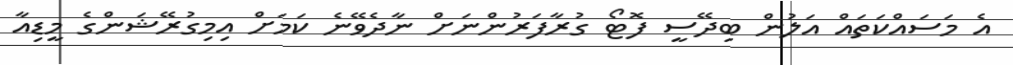
އެ މަސައްކަތައް އަލުން ބިދޭސީ ފޮޓޯ ގުރާފަރުންނަށް ނާދެވޭނެ ކަމަށް އިމިގުރޭޝަންގެ މީޑިއާ